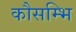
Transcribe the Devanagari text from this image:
कौसम्भि